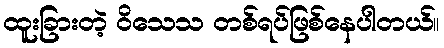
ထူးခြားတဲ့ ဝိသေသ တစ်ရပ်ဖြစ်နေပါတယ်။